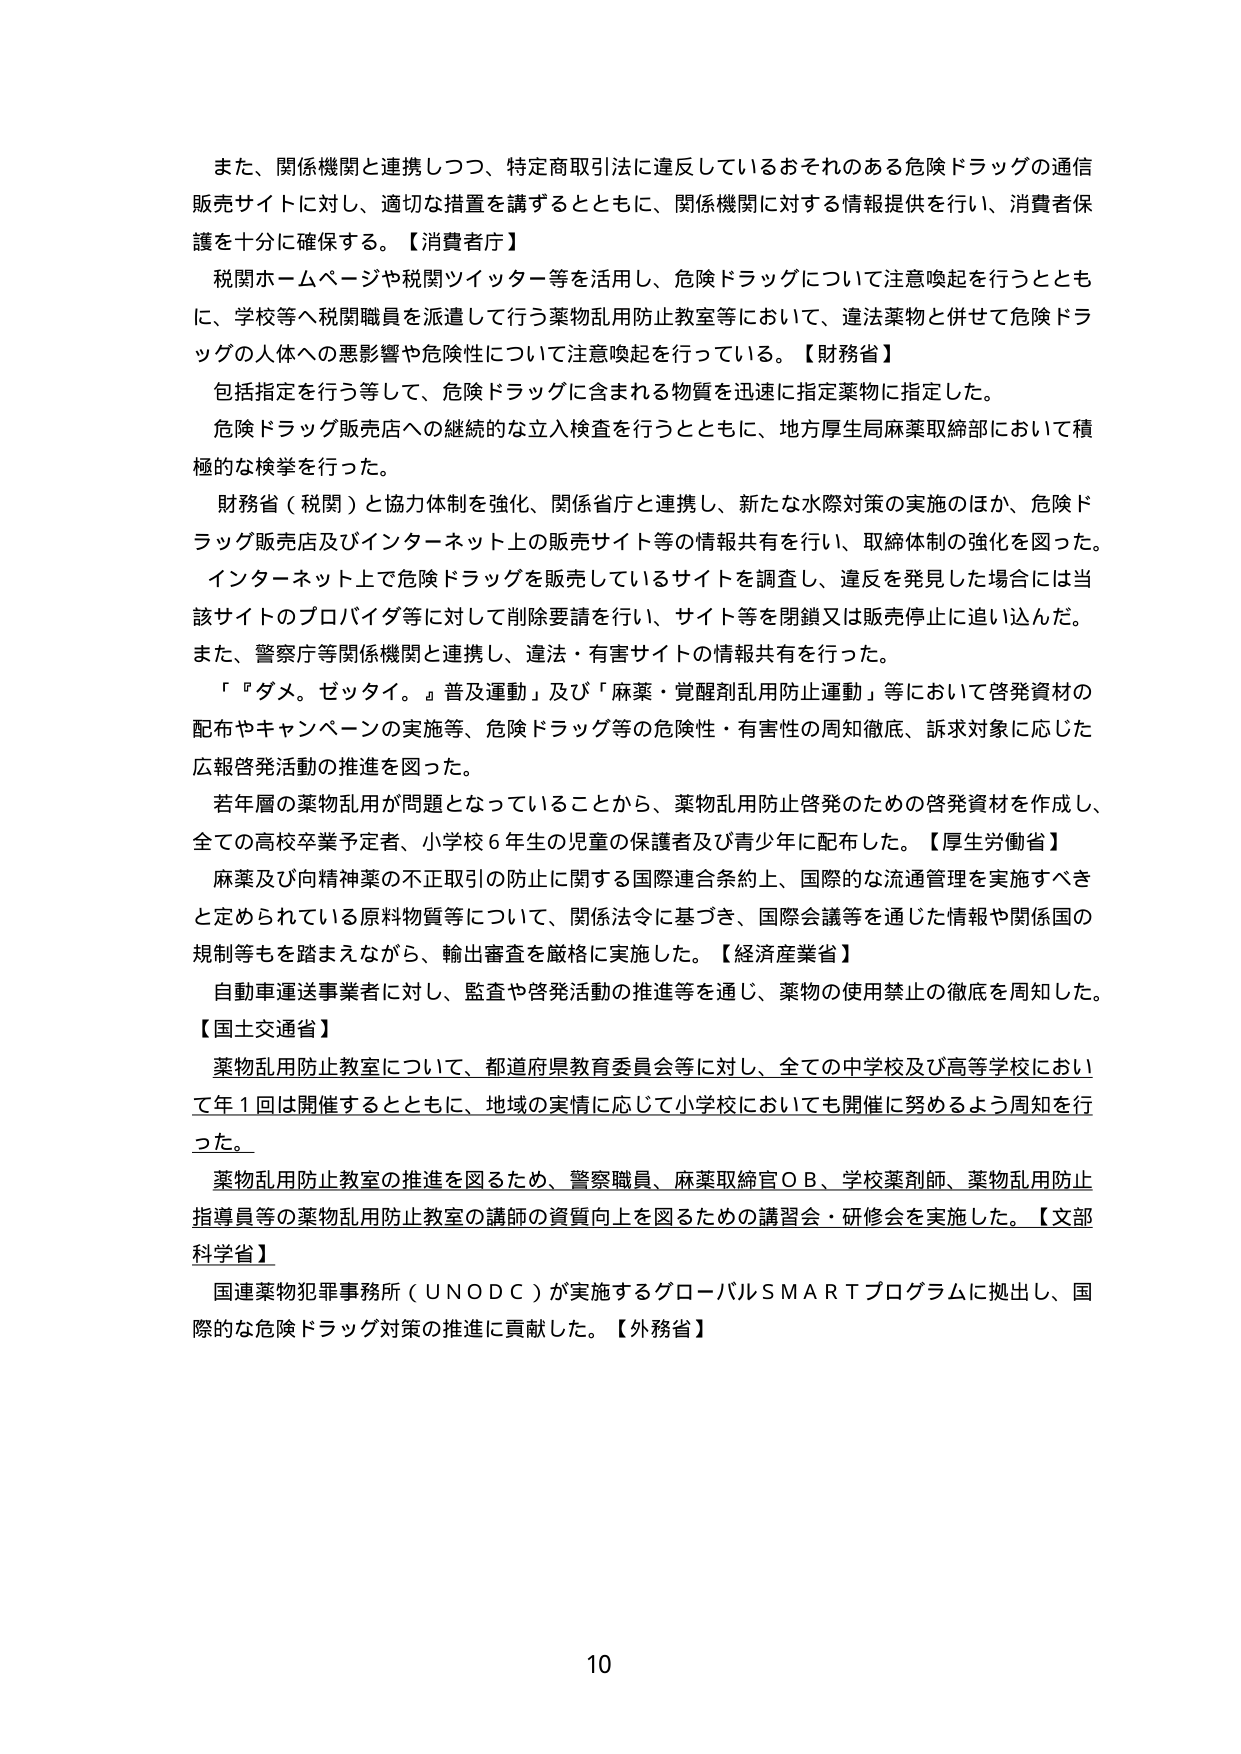
また、関係機関と連携しつつ、特定商取引法に違反しているおそれのある危険ドラッグの通信販売サイトに対し、適切な措置を講ずるとともに、関係機関に対する情報提供を行い、消費者保護を十分に確保する。【消費者庁】

税関ホームページや税関ツイッター等を活用し、危険ドラッグについて注意喚起を行うとともに、学校等へ税関職員を派遣して行う薬物乱用防止教室等において、違法薬物と併せて危険ドラッグの人体への悪影響や危険性について注意喚起を行っている。【財務省】

包括指定を行う等して、危険ドラッグに含まれる物質を迅速に指定薬物に指定した。

危険ドラッグ販売店への継続的な立入検査を行うとともに、地方厚生局麻薬取締部において積極的な検挙を行った。

財務省（税関）と協力体制を強化、関係省庁と連携し、新たな水際対策の実施のほか、危険ドラッグ販売店及びインターネット上の販売サイト等の情報共有を行い、取締体制の強化を図った。

インターネット上で危険ドラッグを販売しているサイトを調査し、違反を発見した場合には当該サイトのプロバイダー等に対して削除要請を行い、サイト等を閉鎖又は販売停止に追い込んだ。また、警察庁等関係機関と連携し、違法・有害サイトの情報共有を行った。

「『ダメ。ゼッタイ。』普及運動」及び「麻薬・覚醒剤乱用防止運動」等において啓発資材の配布やキャンペーンの実施等、危険ドラッグ等の危険性・有害性の周知徹底、訴求対象に応じた広報啓発活動の推進を図った。

若年層の薬物乱用が問題となっていることから、薬物乱用防止啓発のための啓発資材を作成し、全ての高校卒業予定者、小学校６年生の児童の保護者及び青少年に配布した。【厚生労働省】

麻薬及び向精神薬の不正取引の防止に関する国際連合条約上、国際的な流通管理を実施すべきと定められている原材料物質等について、関係法令に基づき、国際会議等を通じた情報や関係国の規制等もを踏まえながら、輸出審査を厳格に実施した。【経済産業省】

自動車運送事業者に対し、監査や啓発活動の推進等を通じ、薬物の使用禁止の徹底を周知した。【国土交通省】

薬物乱用防止教室について、都道府県教育委員会等に対し、全ての中学校及び高等学校において年１回は開催するとともに、地域の実情に応じて小学校においても開催に努めるよう周知を行った。

薬物乱用防止教室の推進を図るため、警察職員、麻薬取締官ＯＢ、学校薬剤師、薬物乱用防止指導員等の薬物乱用防止教室の講師の資質向上を図るための講習会・研修会を実施した。【文部科学省】

国連薬物犯罪事務所（ＵＮＯＤＣ）が実施するグローバルＳＭＡＲＴプログラムに拠出し、国際的な危険ドラッグ対策の推進に貢献した。【外務省】

10